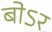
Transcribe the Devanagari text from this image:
बोऽर